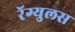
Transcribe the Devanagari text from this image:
रॅग्युलस